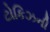
ટોકિઝની